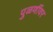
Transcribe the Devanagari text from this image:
पुळणींवर